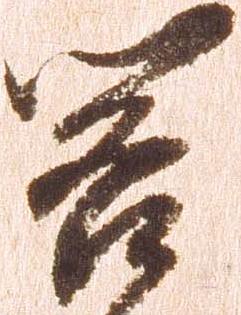
閣